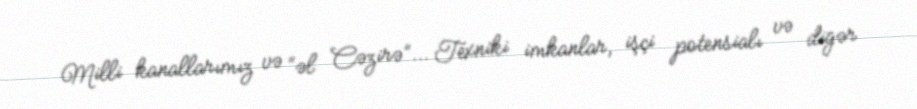
Milli kanallarımız və “əl Cəzirə”... Texniki imkanlar, işçi potensialı və digər